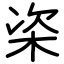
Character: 栥